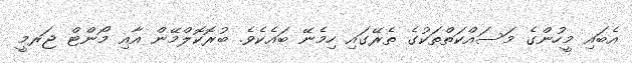
އެބައި މީހުންގެ މަސައްކަތްތަކުގެ ތެރޭގައި ހިމެނޭ ބައެކެވެ. ބުރޮކޮލްމޭން އާއި މޯންޓް ޖަރމީ